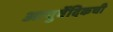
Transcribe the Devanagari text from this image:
आयुर्वेदिकची